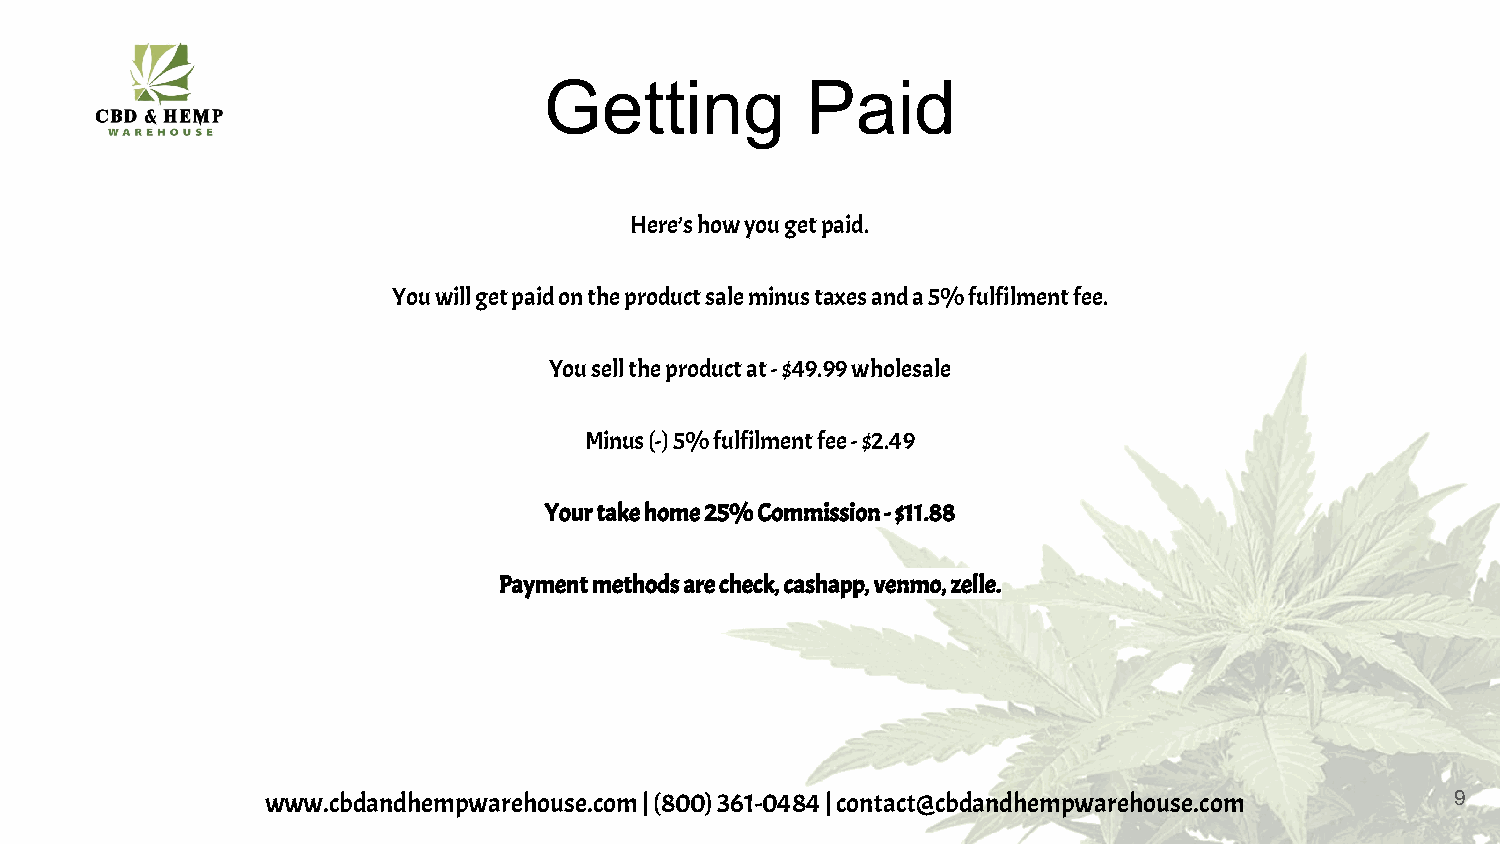
Getting          Paid
 Here’s how you get paid.
 You will get paid on the product sale minus taxes and a 5% fulfilment fee.
 You sell the product at - $49.99 wholesale
 Minus (-) 5% fulfilment fee - $2.49
 Your take home 25% Commission - $11.88
 Payment methods are check, cashapp, venmo, zelle.
 www.cbdandhempwarehouse.com | (800) 361-0484 | contact@cbdandhempwarehouse.com 9